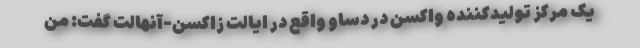
یک مرکز تولیدکننده واکسن در دساو واقع در ایالت زاکسن-آنهالت گفت: من